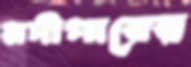
নদীপারের